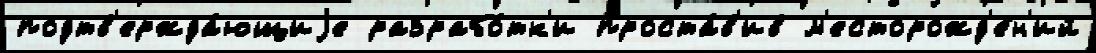
подтв'ержда́ющиjе разрабо́тк'и проста́в'ив м'есторожд'е́н'ий